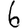
Digit: 6